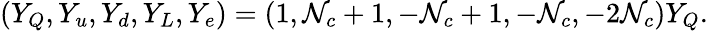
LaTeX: (Y_{Q},Y_{u},Y_{d},Y_{L},Y_{e})=(1,\mathcal{N}_{c}+1,-\mathcal{N}_{c}+1,-\mathcal{N}_{c},-2\mathcal{N}_{c})Y_{Q}.